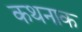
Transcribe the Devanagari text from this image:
कथनाक